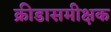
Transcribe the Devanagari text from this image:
क्रीडासमीक्षक